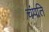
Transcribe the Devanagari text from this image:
चंपति